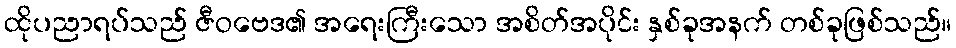
ထိုပညာရပ်သည် ဇီဝဗေဒ၏ အရေးကြီးသော အစိတ်အပိုင်း နှစ်ခုအနက် တစ်ခုဖြစ်သည်။